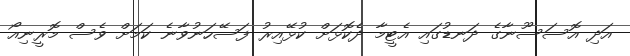
އަދި އޮސަސޫނާގެ ދަނޑުގައި އެޓީމާ ދެކޮޅަށް ކުޅޭއިރު ފަސޭހަނުވާނެ ކަމަށް ވެސް މޮރީނިއޯ